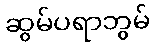
ဆွမ်ပရာဘွမ်